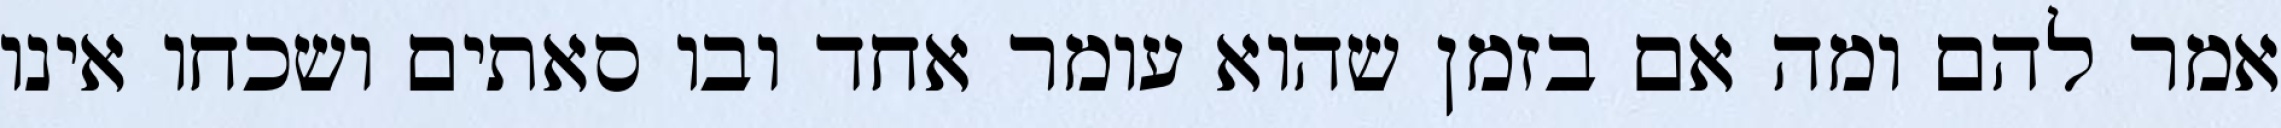
אמר להם ומה אם בזמן שהוא עומר אחד ובו סאתים ושכחו אינו